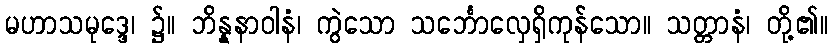
မဟာသမုဒ္ဒေ၊ ၌။ ဘိန္နနာဝါနံ၊ ကွဲသော သင်္ဘောလှေရှိကုန်သော။ သတ္တာနံ၊ တို့၏။